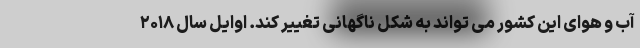
آب و هوای این کشور می تواند به شکل ناگهانی تغییر کند. اوایل سال ۲۰۱۸